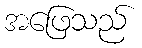
အဖြေသည်